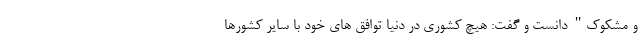
و مشکوک" دانست و گفت: هیچ کشوری در دنیا توافق های خود با سایر کشورها